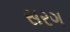
સરગ